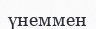
үнеммен